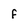
Character: f